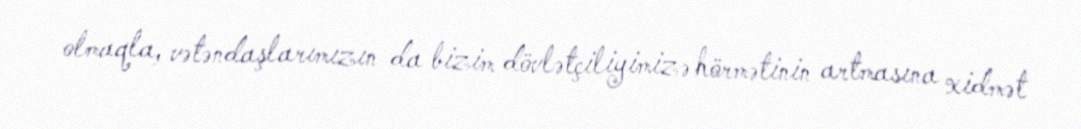
olmaqla, vətəndaşlarımızın da bizim dövlətçiliyimizə hörmətinin artmasına xidmət